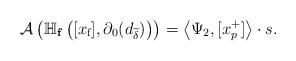
\begin{align*}\mathcal A\left(\mathbb{H}_{\mathbf{f}}\left([x_{\textup{f}}], \partial_0 (d_{\widetilde\delta})\right)\right )=\left <\Psi_2,[x_p^+]\right >\cdot s.\end{align*}